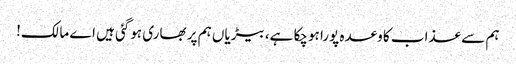
ہم سے عذاب کا وعدہ پورا ہوچکا ہے، بیڑیاں ہم پر بھاری ہوگئی ہیں اے مالک!